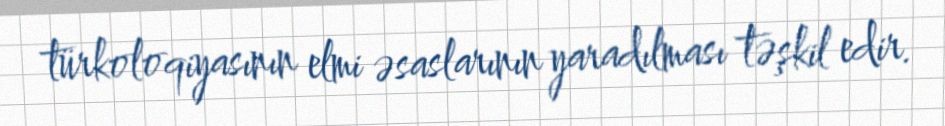
türkoloqiyasının elmi əsaslarının yaradılması təşkil edir.